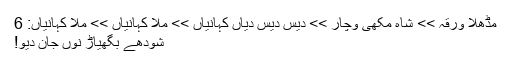
مُڈھلا ورقہ >> شاہ مُکھی وچار >> دیس دیس دیاں کہانیاں >> مُلا کہانیاں >> مُلا کہانیاں: 6
شُودھے بگھیاڑ نوں جان دیو!